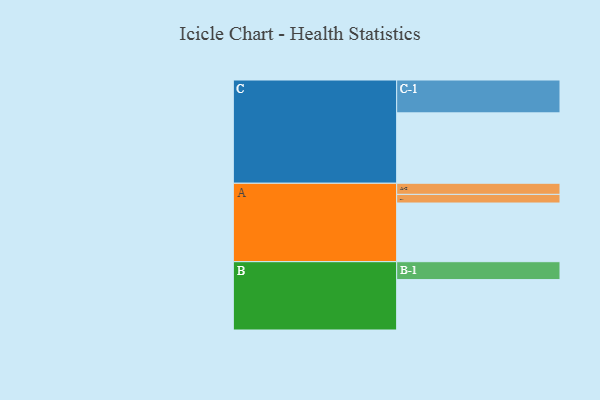
{"axis": {"x": "Segment", "y": "Value"}, "legend": ["", "A", "B", "C"], "data": [{"x": "A", "y": 475, "type": ""}, {"x": "B", "y": 408, "type": ""}, {"x": "C", "y": 570, "type": ""}, {"x": "A-1", "y": 70, "type": "A"}, {"x": "A-2", "y": 90, "type": "A"}, {"x": "B-1", "y": 145, "type": "B"}, {"x": "C-1", "y": 266, "type": "C"}]}